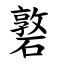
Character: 䃦